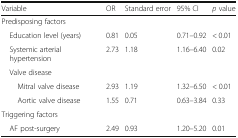
| Variable | OR | Standard error | 95% CI | p value |
 | --- | --- | --- | --- | --- |
 | <COLSPAN=5> Predisposing factors |
 | Education level (years) | 0.81 | 0.05 | 0.71–0.92 | < 0.01 |
 | Systemic arterial hypertension | 2.73 | 1.18 | 1.16–6.40 | 0.02 |
 | Valve disease |  |  |  |  |
 | Mitral valve disease | 2.93 | 1.19 | 1.32–6.50 | < 0.01 |
 | Aortic valve disease | 1.55 | 0.71 | 0.63–3.84 | 0.33 |
 | <COLSPAN=5> Triggering factors |
 | AF post-surgery | 2.49 | 0.93 | 1.20–5.20 | 0.01 |